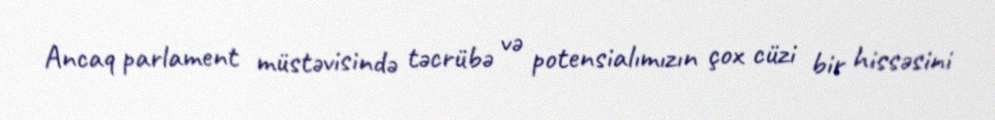
Ancaq parlament müstəvisində təcrübə və potensialımızın çox cüzi bir hissəsini